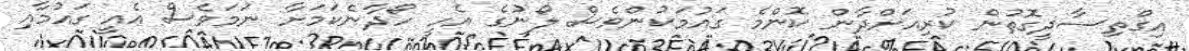
އިގްތިސާދީގޮތުން ކުރިއަށްދާން ކޮންމެ ގައުމަކުންވެސް ލޯނުގެ އެހީ ހޯދާނެކަމަށާ ނަމަވެސް އެއީ ގައުމާއި